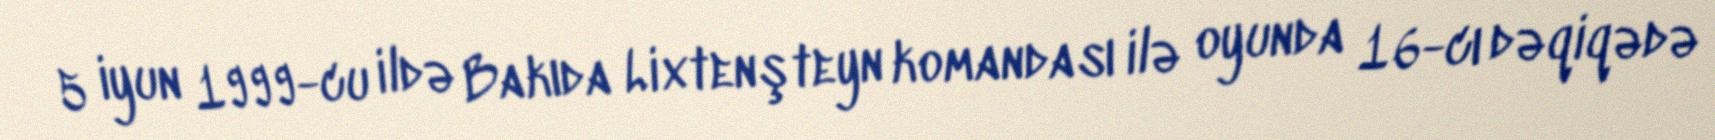
5 iyun 1999-cu ildə Bakıda Lixtenşteyn komandası ilə oyunda 16-cı dəqiqədə